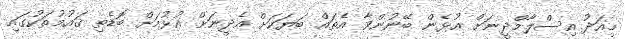
މިއަދު އިސްލާމްދީނަށް އުޅެން ބޭނުންވާ އެތައް ބަޔަކަށް އެދީނަށް އުޅުމަށް ބޮޑެތި ޤައުމުތަކުގައި